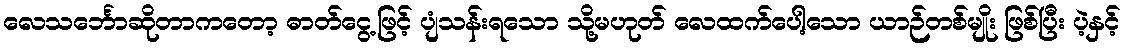
လေသင်္ဘောဆိုတာကတော့ ဓာတ်ငွေ့ဖြင့် ပျံသန်းရသော သို့မဟုတ် လေထက်ပေါ့သော ယာဉ်တစ်မျိုး ဖြစ်ပြီး ပဲ့နှင့်